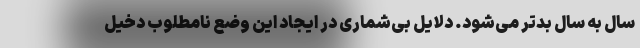
سال به سال بدتر می‌شود. دلایل بی‌شماری در ایجاد این وضع نامطلوب دخیل